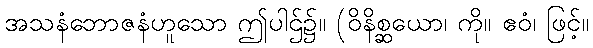
အသနံဘောဇနံဟူသော ဤပါဌ်၌။ (ဝိနိစ္ဆယော၊ ကို။ ဧဝံ၊ ဖြင့်။